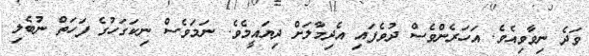
ވަދެ ނިވާވިއެވެ. އަހަރެންވެސް ދުވެފައި އެދިމާލަށް ދިޔައީމެވެ. ނަމަވެސް ނިކަގަހުގެ ފަހަތް ނުބެލި